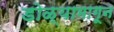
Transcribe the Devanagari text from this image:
डोळ्यामागून